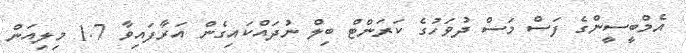
އެމްބީސީންގެ ފަސް މަސް ދުވަހުގެ ކަރަންޓް ބިލް ނުދައްކައިގެން އަރާފައިވާ 1.7 މިލިއަން